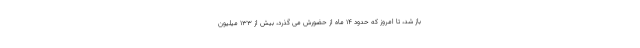
باز شد، تا امروز که حدود ۱۴ ماه از حضورش می گذرد، بیش از ۱۳۳ میلیون